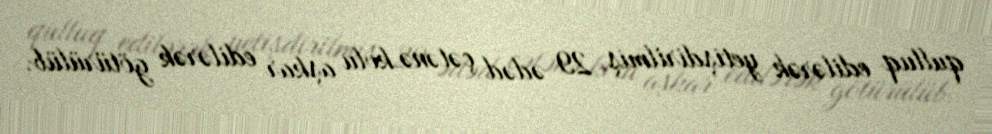
qulluq edilərək yetişdirilmiş 29 ədəd çətənə kolu aşkar edilərək götürülüb.